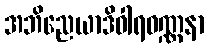
အဘိညေယာဒိဝါရဝဏ္ဏနာ